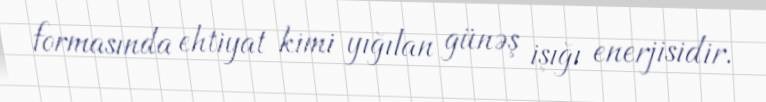
formasında ehtiyat kimi yığılan günəş işığı enerjisidir.